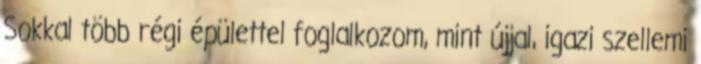
Sokkal több régi épülettel foglalkozom, mint újjal, igazi szellemi